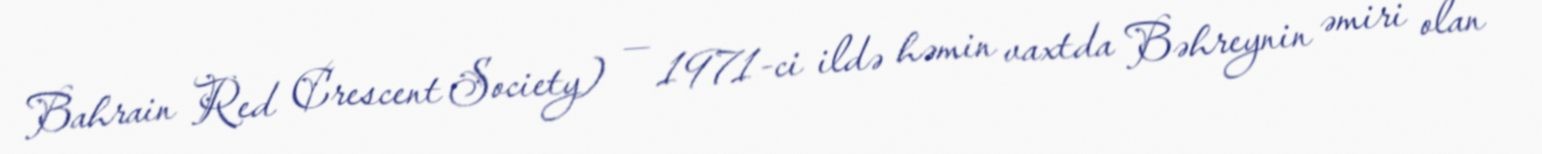
Bahrain Red Crescent Society) — 1971-ci ildə həmin vaxtda Bəhreynin əmiri olan